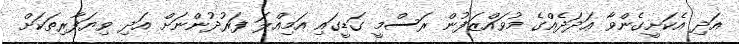
އަދި އެކަށީގެންވާ ޢަދަދެއްގެ މުވައްޒަފުން ރަސްމީ ގަޑީގައި އަމިއްލަ ފަރުދުންނަށް އަދި ވިޔަފާރިތަކަށް